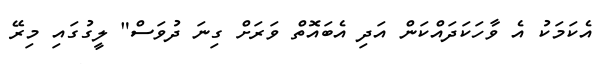
އެކަމަކު އެ ވާހަކަދައްކަން އަދި އެބައޮތް ވަރަށް ގިނަ ދުވަސް" ލީގުގައި މިރޭ